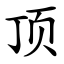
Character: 顶